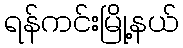
ရန်ကင်းမြို့နယ်